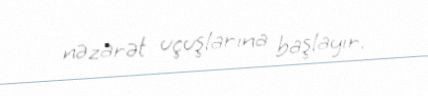
nəzarət uçuşlarına başlayır.